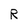
Character: R